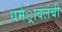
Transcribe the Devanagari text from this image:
धर्मर्ावलंबी